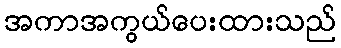
အကာအကွယ်ပေးထားသည်